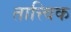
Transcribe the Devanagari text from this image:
तात्त्‍विक